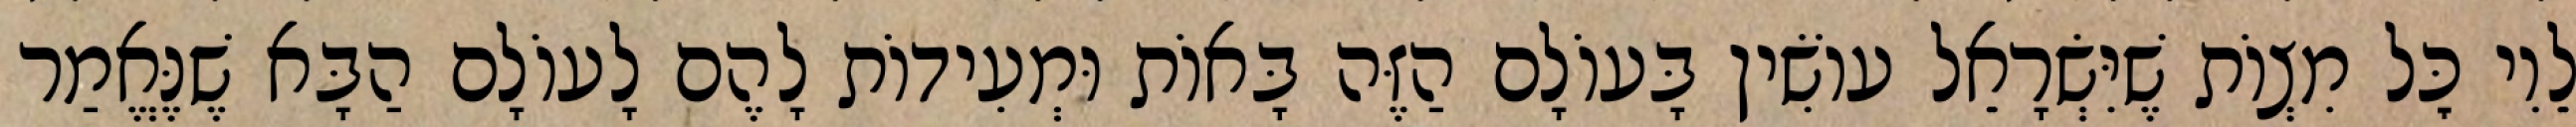
לֵוִי כׇּל מִצְוֹת שֶׁיִּשְׂרָאֵל עוֹשִׂין בָּעוֹלָם הַזֶּה בָּאוֹת וּמְעִידוֹת לָהֶם לָעוֹלָם הַבָּא שֶׁנֶּאֱמַר